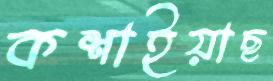
কশাইয়াছ